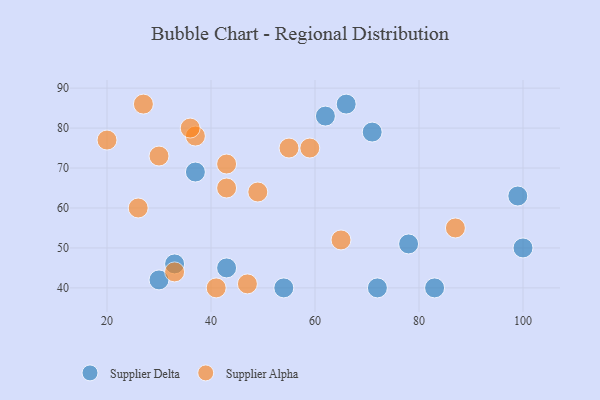
{"axis": {"x": "GDP", "y": "Life Expectancy"}, "legend": ["Supplier Alpha", "Supplier Delta"], "data": [{"x": "62", "y": 83, "type": "Supplier Delta"}, {"x": "99", "y": 63, "type": "Supplier Delta"}, {"x": "83", "y": 40, "type": "Supplier Delta"}, {"x": "71", "y": 79, "type": "Supplier Delta"}, {"x": "33", "y": 46, "type": "Supplier Delta"}, {"x": "78", "y": 51, "type": "Supplier Delta"}, {"x": "72", "y": 40, "type": "Supplier Delta"}, {"x": "43", "y": 45, "type": "Supplier Delta"}, {"x": "66", "y": 86, "type": "Supplier Delta"}, {"x": "30", "y": 42, "type": "Supplier Delta"}, {"x": "100", "y": 50, "type": "Supplier Delta"}, {"x": "37", "y": 69, "type": "Supplier Delta"}, {"x": "54", "y": 40, "type": "Supplier Delta"}, {"x": "49", "y": 64, "type": "Supplier Alpha"}, {"x": "59", "y": 75, "type": "Supplier Alpha"}, {"x": "43", "y": 65, "type": "Supplier Alpha"}, {"x": "37", "y": 78, "type": "Supplier Alpha"}, {"x": "20", "y": 77, "type": "Supplier Alpha"}, {"x": "30", "y": 73, "type": "Supplier Alpha"}, {"x": "65", "y": 52, "type": "Supplier Alpha"}, {"x": "41", "y": 40, "type": "Supplier Alpha"}, {"x": "55", "y": 75, "type": "Supplier Alpha"}, {"x": "33", "y": 44, "type": "Supplier Alpha"}, {"x": "47", "y": 41, "type": "Supplier Alpha"}, {"x": "26", "y": 60, "type": "Supplier Alpha"}, {"x": "27", "y": 86, "type": "Supplier Alpha"}, {"x": "43", "y": 71, "type": "Supplier Alpha"}, {"x": "36", "y": 80, "type": "Supplier Alpha"}, {"x": "87", "y": 55, "type": "Supplier Alpha"}]}